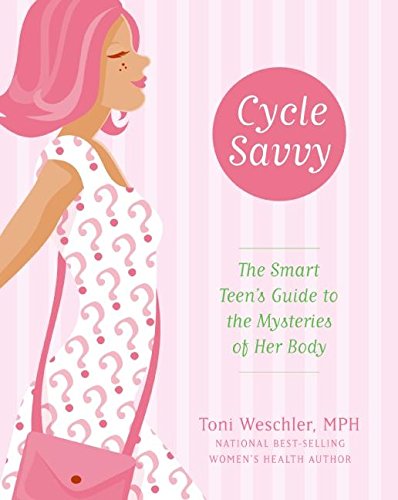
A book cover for Cycle Savvy: The Smart Teen's Guide to the Mysteries of Her Body; Toni Weschler; Health, Fitness & Dieting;